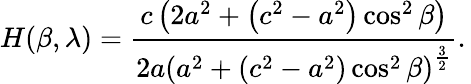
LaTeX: H(\beta,\lambda)={\frac{c\left(2a^{2}+\left(c^{2}-a^{2}\right)\cos^{2}\beta\right)}{2a\left(a^{2}+\left(c^{2}-a^{2}\right)\cos^{2}\beta\right)^{\frac{3}{2}}}}.\,